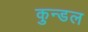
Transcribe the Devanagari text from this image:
कुन्डल